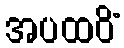
အပထဝိံ